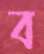
ব